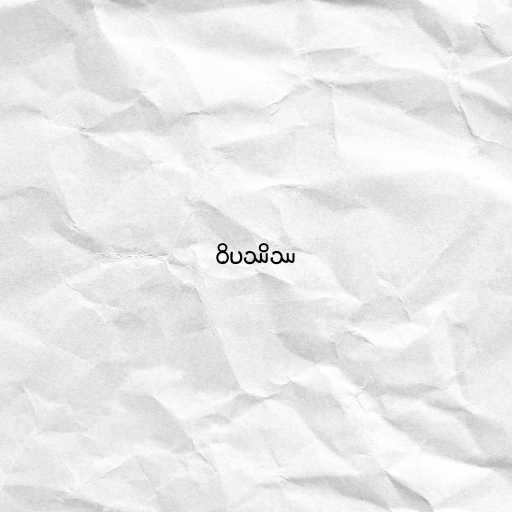
ဝိပဿိဿ